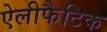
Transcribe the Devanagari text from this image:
ऐलीफैटिक